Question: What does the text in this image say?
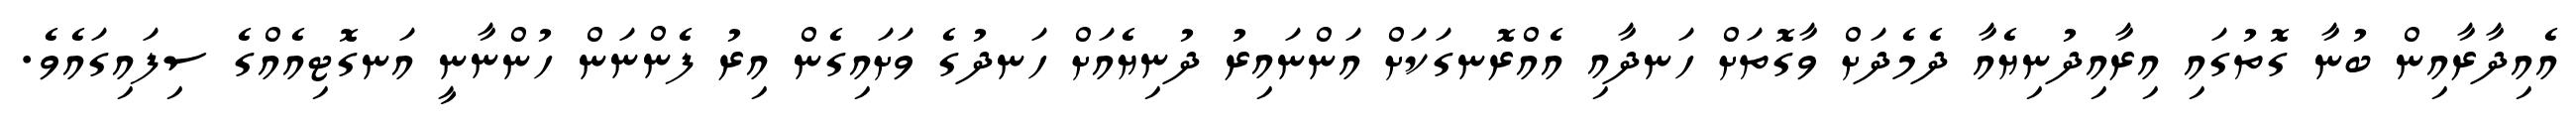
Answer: އެއިދާރާއިން ބުނާ ގޮތުގައި އިރާއިދުނިޔެއާ ދެމެދަށް ވާގޮތަށް ހަނދާއި އެއްރޮނގަކަށް އަންނައިރު ދުނިޔެއަށް ހަނދުގެ ވަށައިގެން އިރު ފެންނަން ހުންނާނީ އަނގޮޓިއެއްގެ ސިފައިގައެވެ.